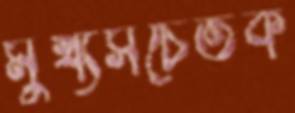
মুখ্যসচেতক